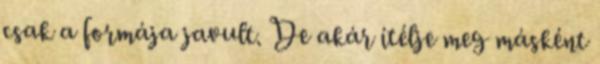
csak a formája javult. De akár ítélje meg másként